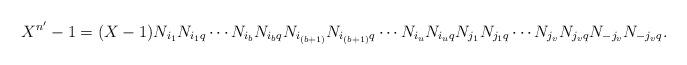
LaTeX: \begin{align*}X^{n'}-1=(X-1)N_{i_1}N_{i_1q}\cdots N_{i_b}N_{i_bq}N_{i_{(b+1)}}N_{i_{(b+1)}q}\cdots N_{i_{u}}N_{i_{u}q}N_{j_1}N_{j_1q}\cdots N_{j_v}N_{j_vq}N_{-j_v}N_{-j_vq}.\end{align*}